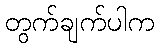
တွက်ချက်ပါက